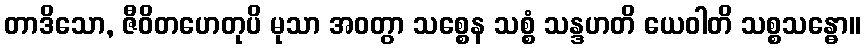
တာဒိသော, ဇီဝိတဟေတုပိ မုသာ အဝတွာ သစ္စေန သစ္စံ သန္ဒဟတိ ယေဝါတိ သစ္စသန္ဓော။